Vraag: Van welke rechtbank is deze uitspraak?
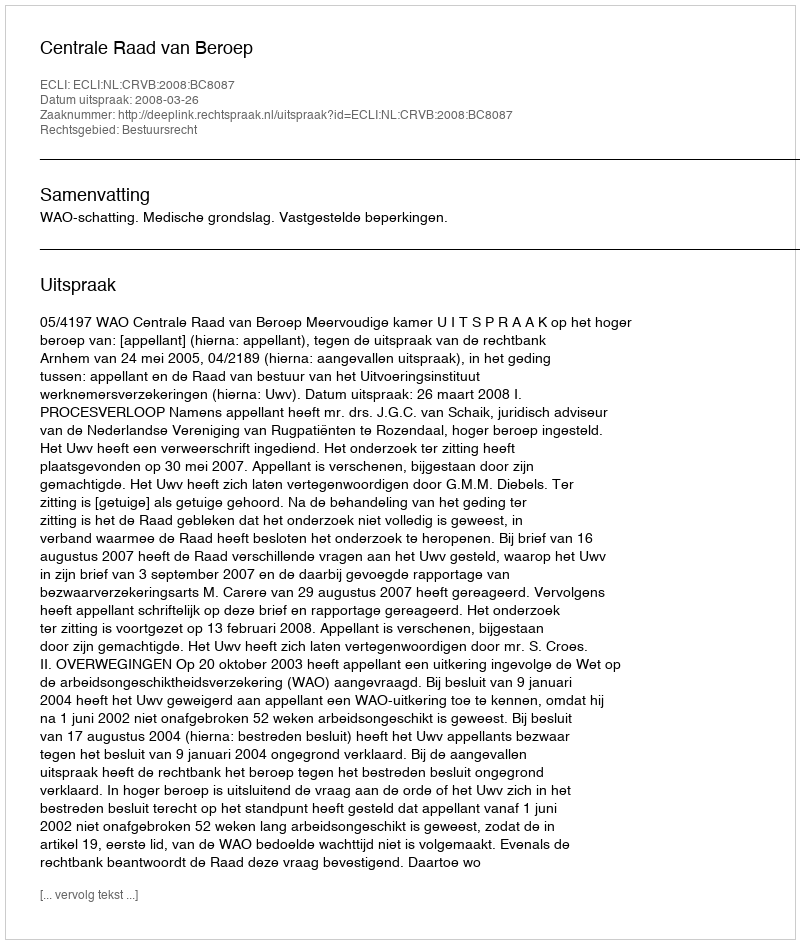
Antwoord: Centrale Raad van Beroep